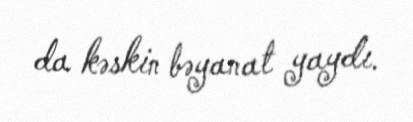
da kəskin bəyanat yaydı.